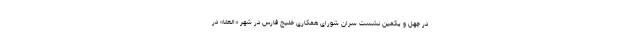
در چهل و یکمین نشست سران شورای همکاری خلیج فارس در شهر «العلا» در